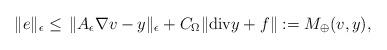
LaTeX: \begin{align*} \| e\|_{\epsilon}\leq\,\|A_\epsilon \nabla v-y\|_{\epsilon}+C_\Omega\|{\rm div}y+f\|:=M_\oplus(v,y),\end{align*}